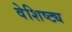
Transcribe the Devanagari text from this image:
वेशिष्ट्य